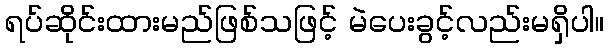
ရပ်ဆိုင်းထားမည်ဖြစ်သဖြင့် မဲပေးခွင့်လည်းမရှိပါ။